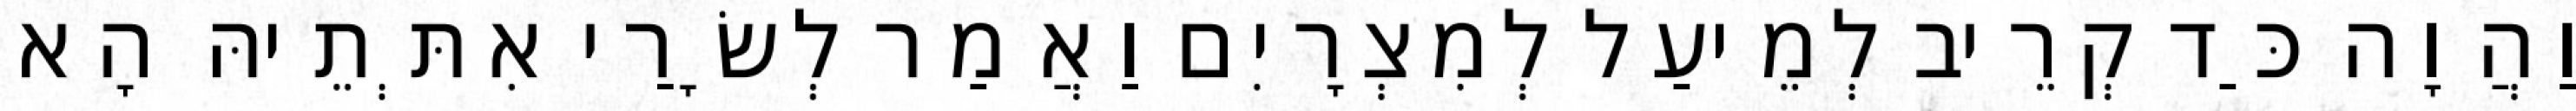
וַהֲוָה כַּד קְרֵיב לְמֵיעַל לְמִצְרָיִם וַאֲמַר לְשָׂרַי אִתְּתֵיהּ הָא